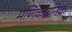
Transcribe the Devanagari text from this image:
मणिकारनिक